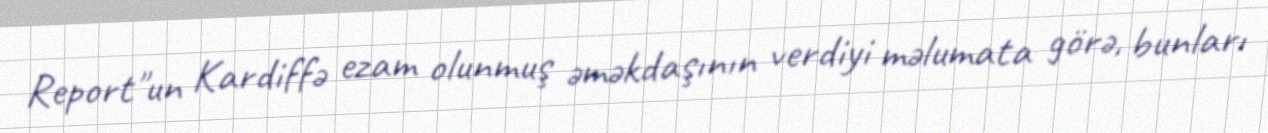
Report"un Kardiffə ezam olunmuş əməkdaşının verdiyi məlumata görə, bunları